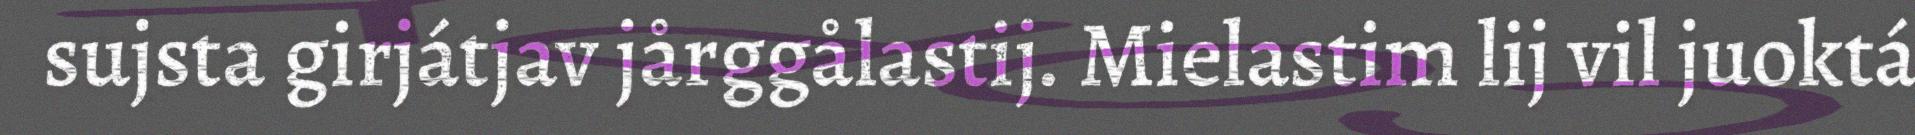
sujsta girjátjav jårggålastij. Mielastim lij vil juoktá